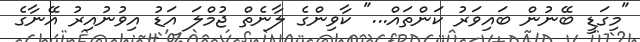
"މިގަޑީ ބޭނުން ބައިވަރު ކަންތައް..." ކާވިންގެ ލާނެތް ޖުމްލަ އަޑު އިވުނުއިރު އޭނާގެ